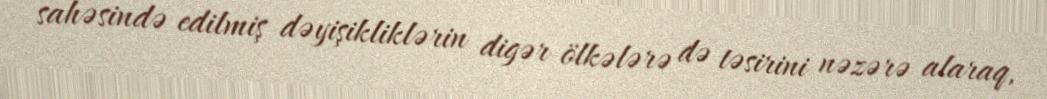
sahəsində edilmiş dəyişikliklərin digər ölkələrə də təsirini nəzərə alaraq,